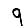
Digit: 9